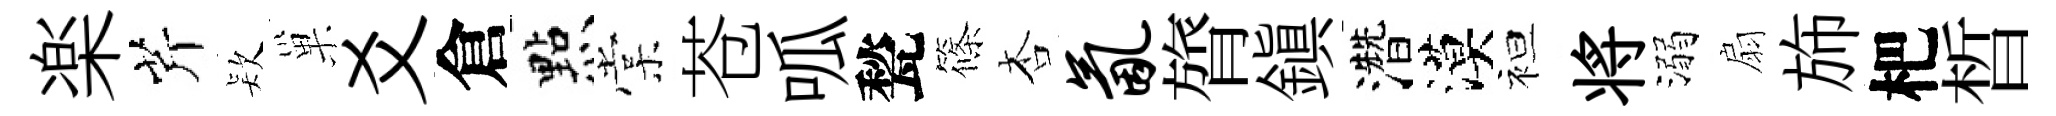
楽芹𣣇巢爻倉㸃棠苍呱甃篠杏氤膂鎮濳漠袒将溺扇斾杷晳